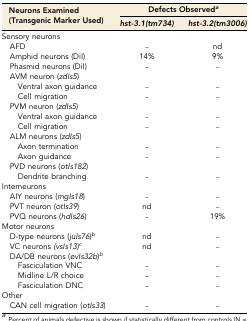
<table><thead><tr><td rowspan="2"><b>Neurons Examined (Transgenic Marker Used)</b></td><td colspan="2"><b>Defects Observed<i><sup>a</sup></i></b></td></tr><tr><td><b><i>hst-3.1(tm734)</i></b></td><td><b><i>hst-3.2(tm3006)</i></b></td></tr></thead><tbody><tr><td>Sensory neurons</td><td></td><td></td></tr><tr><td> AFD</td><td>–</td><td>nd</td></tr><tr><td> Amphid neurons (DiI)</td><td>14%</td><td>9%</td></tr><tr><td> Phasmid neurons (DiI)</td><td>–</td><td>–</td></tr><tr><td> AVM neuron (<i>zdIs5</i>)</td><td></td><td></td></tr><tr><td>Ventral axon guidance</td><td>–</td><td>–</td></tr><tr><td>Cell migration</td><td>–</td><td>–</td></tr><tr><td> PVM neuron (<i>zdIs5</i>)</td><td></td><td></td></tr><tr><td>Ventral axon guidance</td><td>–</td><td>–</td></tr><tr><td>Cell migration</td><td>–</td><td>–</td></tr><tr><td> ALM neurons (<i>zdIs5</i>)</td><td></td><td></td></tr><tr><td>Axon termination</td><td>–</td><td>–</td></tr><tr><td>Axon guidance</td><td>–</td><td>–</td></tr><tr><td> PVD neurons (<i>otIs182</i>)</td><td></td><td></td></tr><tr><td>Dendrite branching</td><td>–</td><td>–</td></tr><tr><td>Interneurons</td><td></td><td></td></tr><tr><td> AIY neurons (<i>mgIs18</i>)</td><td>–</td><td>–</td></tr><tr><td> PVT neuron (<i>otIs39</i>)</td><td>nd</td><td>–</td></tr><tr><td> PVQ neurons (<i>hdIs26</i>)</td><td>–</td><td>19%</td></tr><tr><td>Motor neurons</td><td></td><td></td></tr><tr><td> D-type neurons (<i>juIs76</i>)<i><sup>b</sup></i></td><td>nd</td><td>–</td></tr><tr><td> VC neurons <i>(vsIs13)</i><i><sup>c</sup></i></td><td>nd</td><td>–</td></tr><tr><td> DA/DB neurons (<i>evIs32b</i>)<i><sup>b</sup></i></td><td></td><td></td></tr><tr><td>Fasciculation VNC</td><td>–</td><td>–</td></tr><tr><td>Midline L/R choice</td><td>–</td><td>–</td></tr><tr><td>Fasciculation DNC</td><td>–</td><td>–</td></tr><tr><td>Other</td><td></td><td></td></tr><tr><td> CAN cell migration (<i>otIs33</i>)</td><td>–</td><td>–</td></tr></tbody></table>